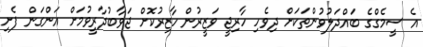
އެ ސީމެގްގެ ބައްދަލުވުންތަކަށް ދިވެހި ހާރިޖީ ވަޒީރުން ހާޒިރުކޮށް ޖަވާބުދާރީވުމަށް އަންގަން ފެށި